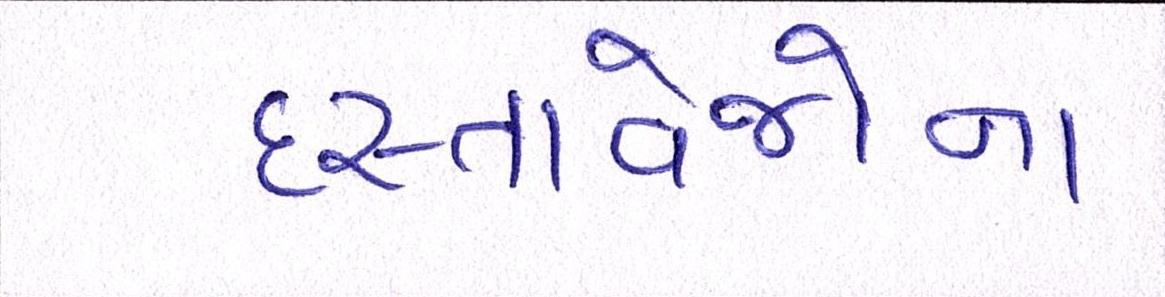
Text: દસ્તાવેજોના